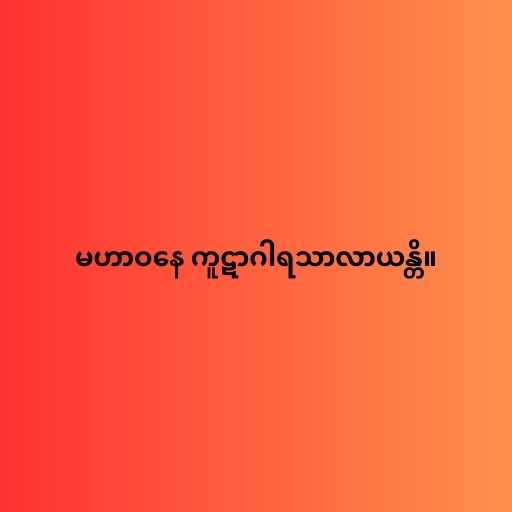
မဟာဝနေ ကူဋာဂါရသာလာယန္တိ။